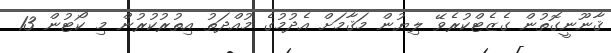
ޤާނޫނީގޮތުން ގެޒެޓްކުރެވޭ ލިޔުން މަޤާމަށް އެދުމުގެ މުއްދަތު އިތުރުކުރުން މި ކޯޓުން 13